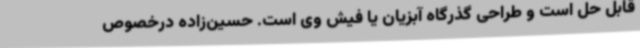
قابل حل است و طراحی گذرگاه آبزیان یا فیش وی است. حسین‌زاده درخصوص